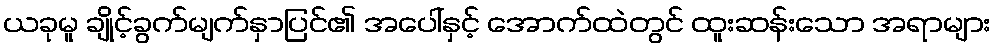
ယခုမူ ချိုင့်ခွက်မျက်နှာပြင်၏ အပေါ်နှင့် အောက်ထဲတွင် ထူးဆန်းသော အရာများ